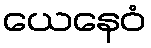
ယေနေဝံ